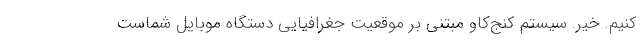
کنیم. خیر. سیستم کنج‌کاو مبتنی بر موقعیت جغرافیایی دستگاه موبایل شماست